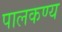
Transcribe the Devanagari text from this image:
पालकण्य